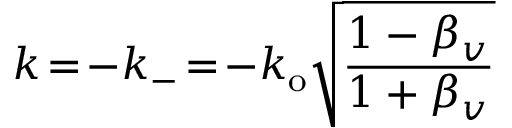
k \! = \! - k _ { - } \! = \! - k _ { \mathrm { o } } \sqrt { \frac { 1 - \beta _ { v } } { 1 + \beta _ { v } } }